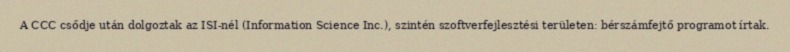
A CCC csődje után dolgoztak az ISI-nél (Information Science Inc.), szintén szoftverfejlesztési területen: bérszámfejtő programot írtak.